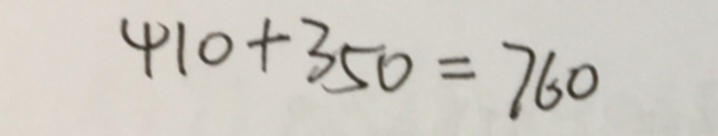
4 1 0 + 3 5 0 = 7 6 0